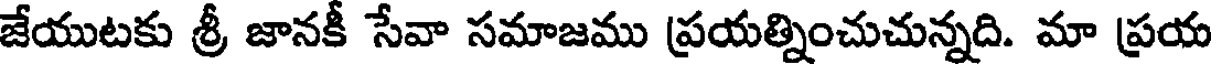
జేయుటకు శ్రీ జానకీ సేవా సమాజము ప్రయత్నించుచున్నది. మా ప్రయ